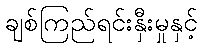
ချစ်ကြည်ရင်းနှီးမှုနှင့်